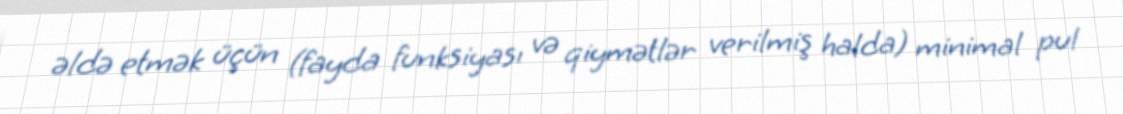
əldə etmək üçün (fayda funksiyası və qiymətlər verilmiş halda) minimal pul